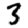
Digit: 3